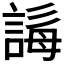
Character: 𧩒